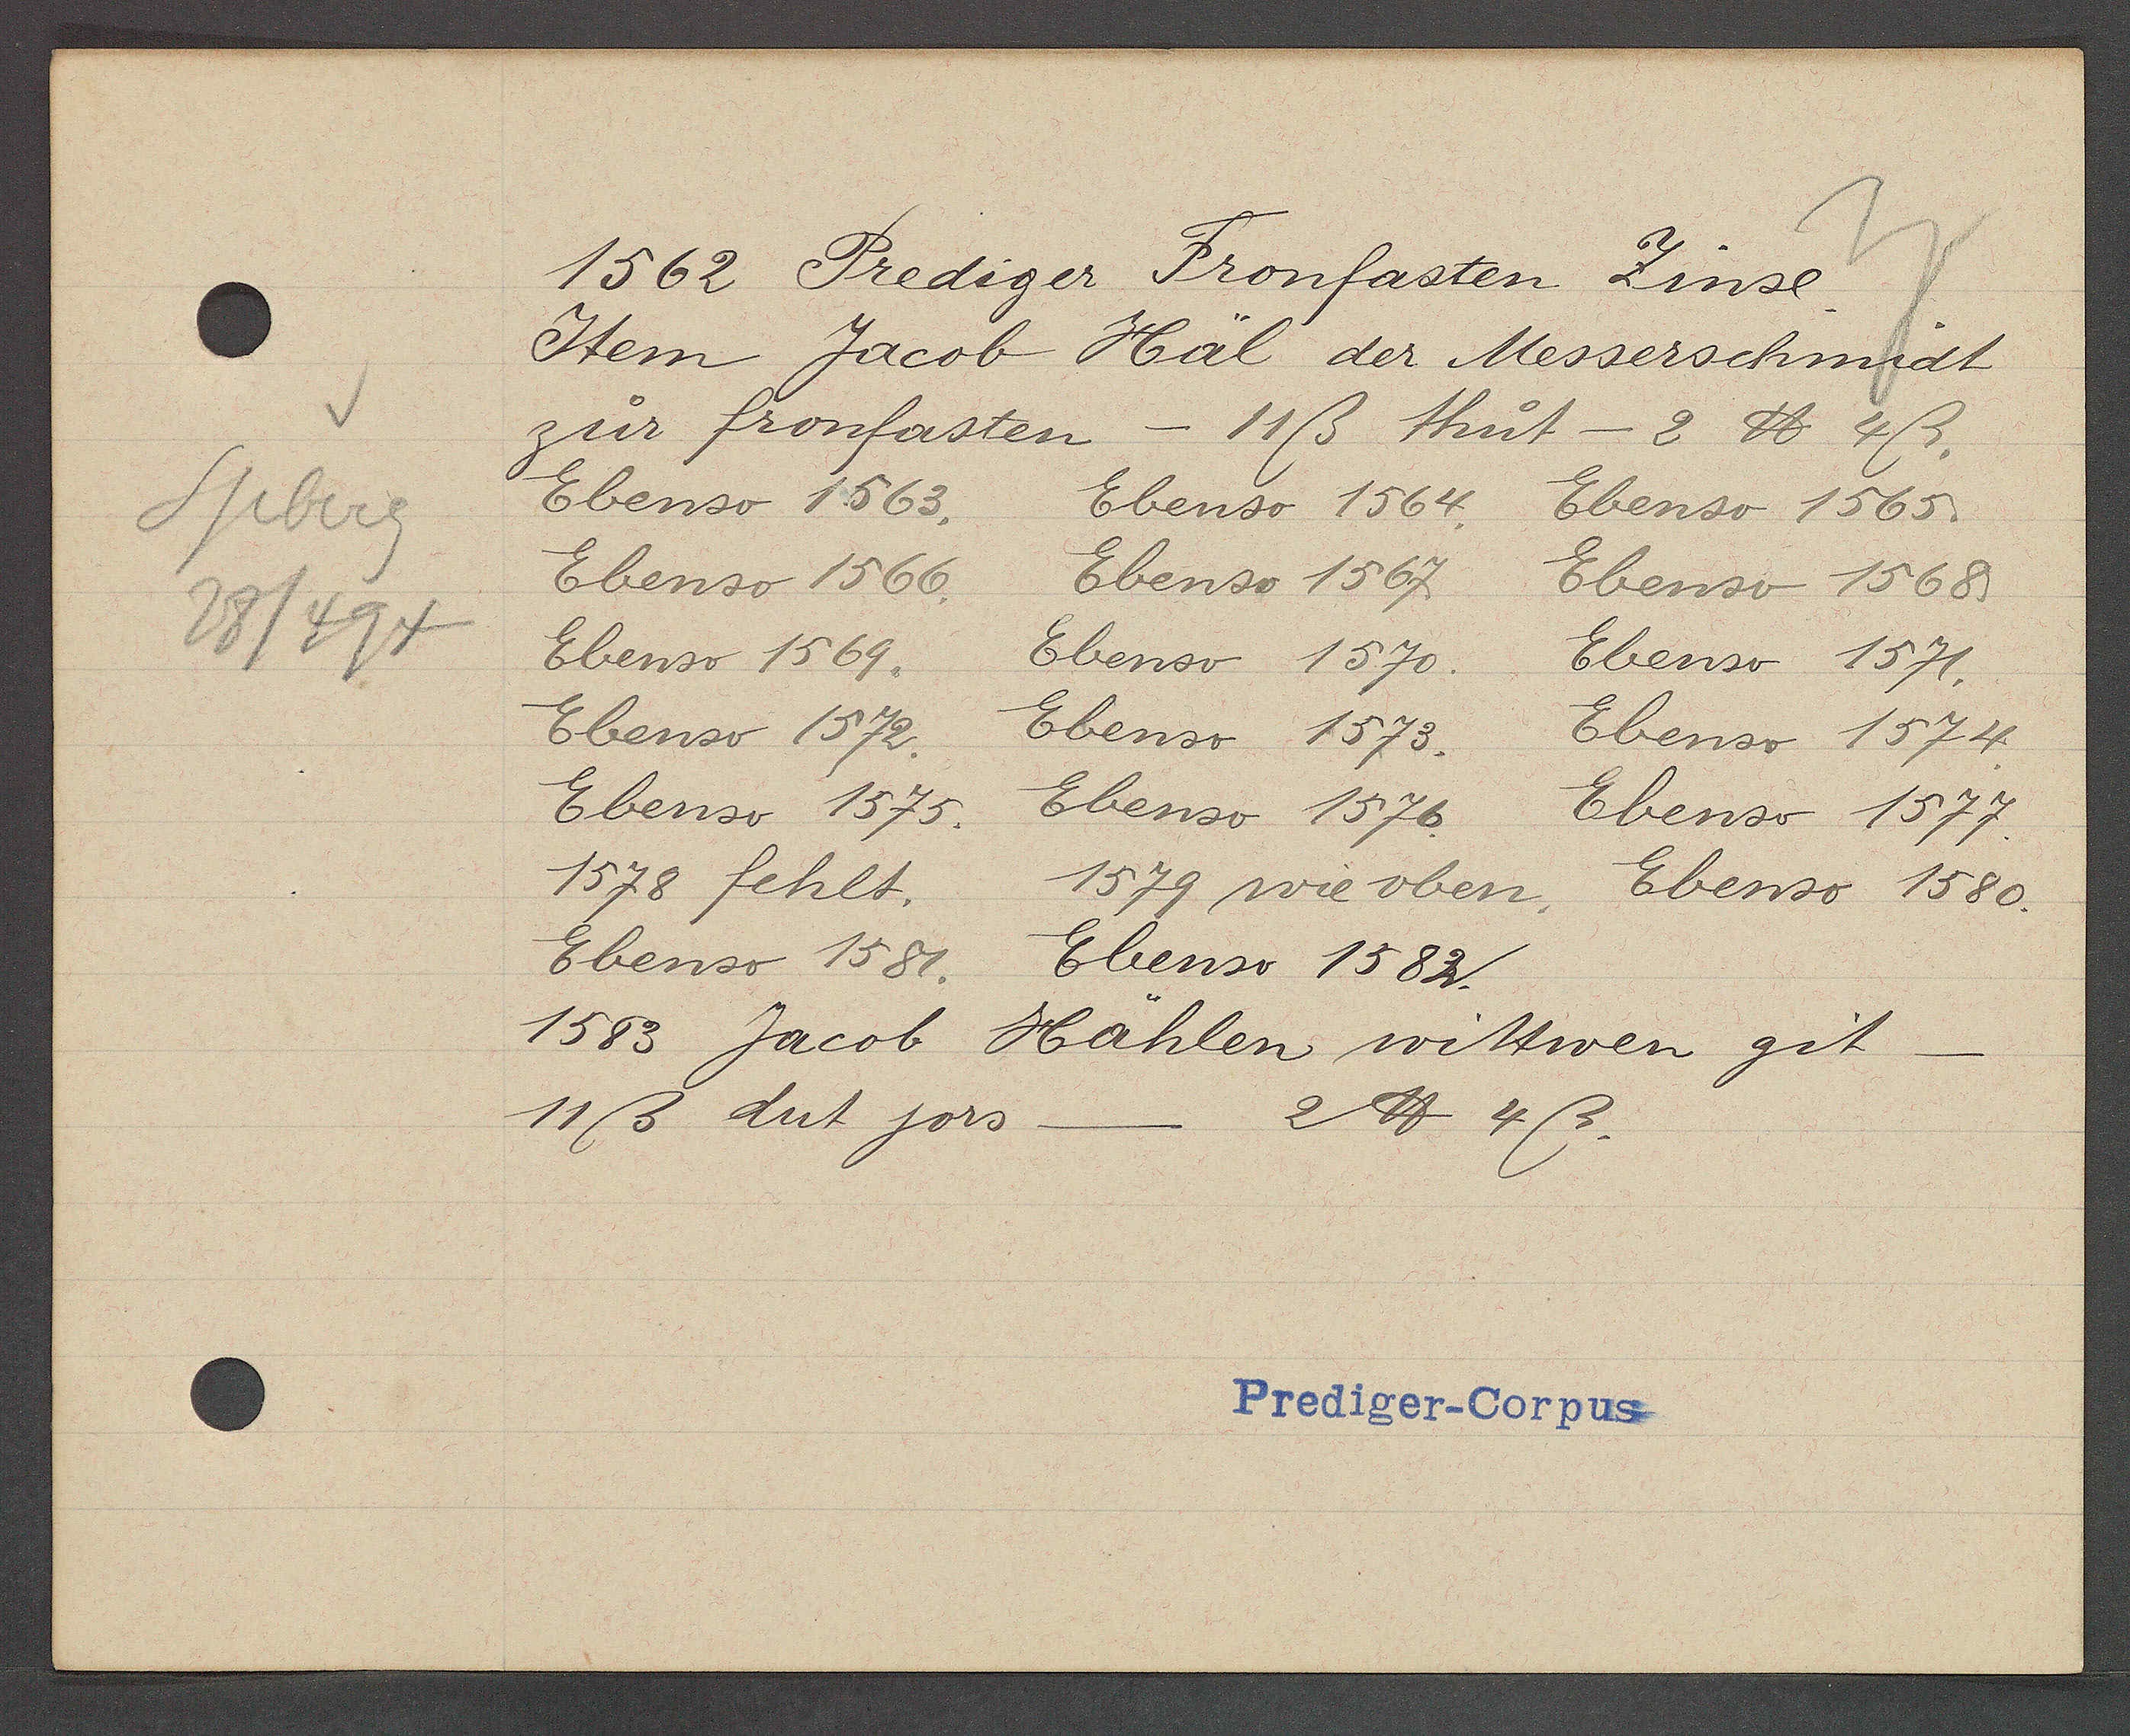
Transcript:
Spberg
28/494

1562 Prediger Fronfasten Zinse.

Item Jacob Häl der Messerschmidt
zur fronfasten - 11ß thut - 2 ℔ 4ß.
Ebenso 1563.
Ebenso 1564.
Ebenso 1565.
Ebenso 1566.
Ebenso 1567
Ebenso 1568.
Ebenso 1569.
Ebenso 1570.
Ebenso 1571.
Ebenso 1572
Ebenso 1573.
Ebenso 1574.
Ebenso 1575.
Ebenso 1576.
Ebenso 1577.
1578 fehlt.
1579 wie oben.
Ebenso 1580.
Ebenso 1581.
Ebenso 1582.
1583 Jacob
Hählen wittwen git
11ß dut jors
2 ℔ 4ß
-

Prediger-Corpus